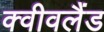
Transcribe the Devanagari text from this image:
क्वीवलैंड